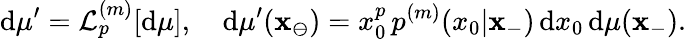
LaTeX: \mathrm{d}\mu^{\prime}=\mathcal{{L}}_{p}^{(m)}[\mathrm{d}\mu],\quad\mathrm{d}\mu^{\prime}(\mathbf{{x}}_{\ominus})=x_{0}^{p}\, p^{(m)}(x_{0}|\mathbf{{x}}_{-})\, \mathrm{d}x_{0}\, \mathrm{d}\mu(\mathbf{{x}}_{-}).